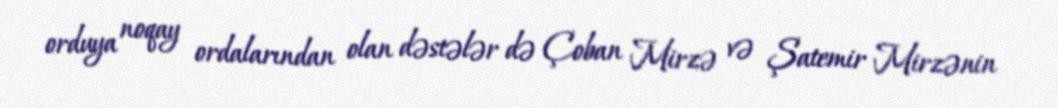
orduya noqay ordalarından olan dəstələr də Çoban Mirzə və Şatemir Mirzənin